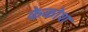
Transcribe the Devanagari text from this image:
केकोश